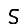
Digit: 5